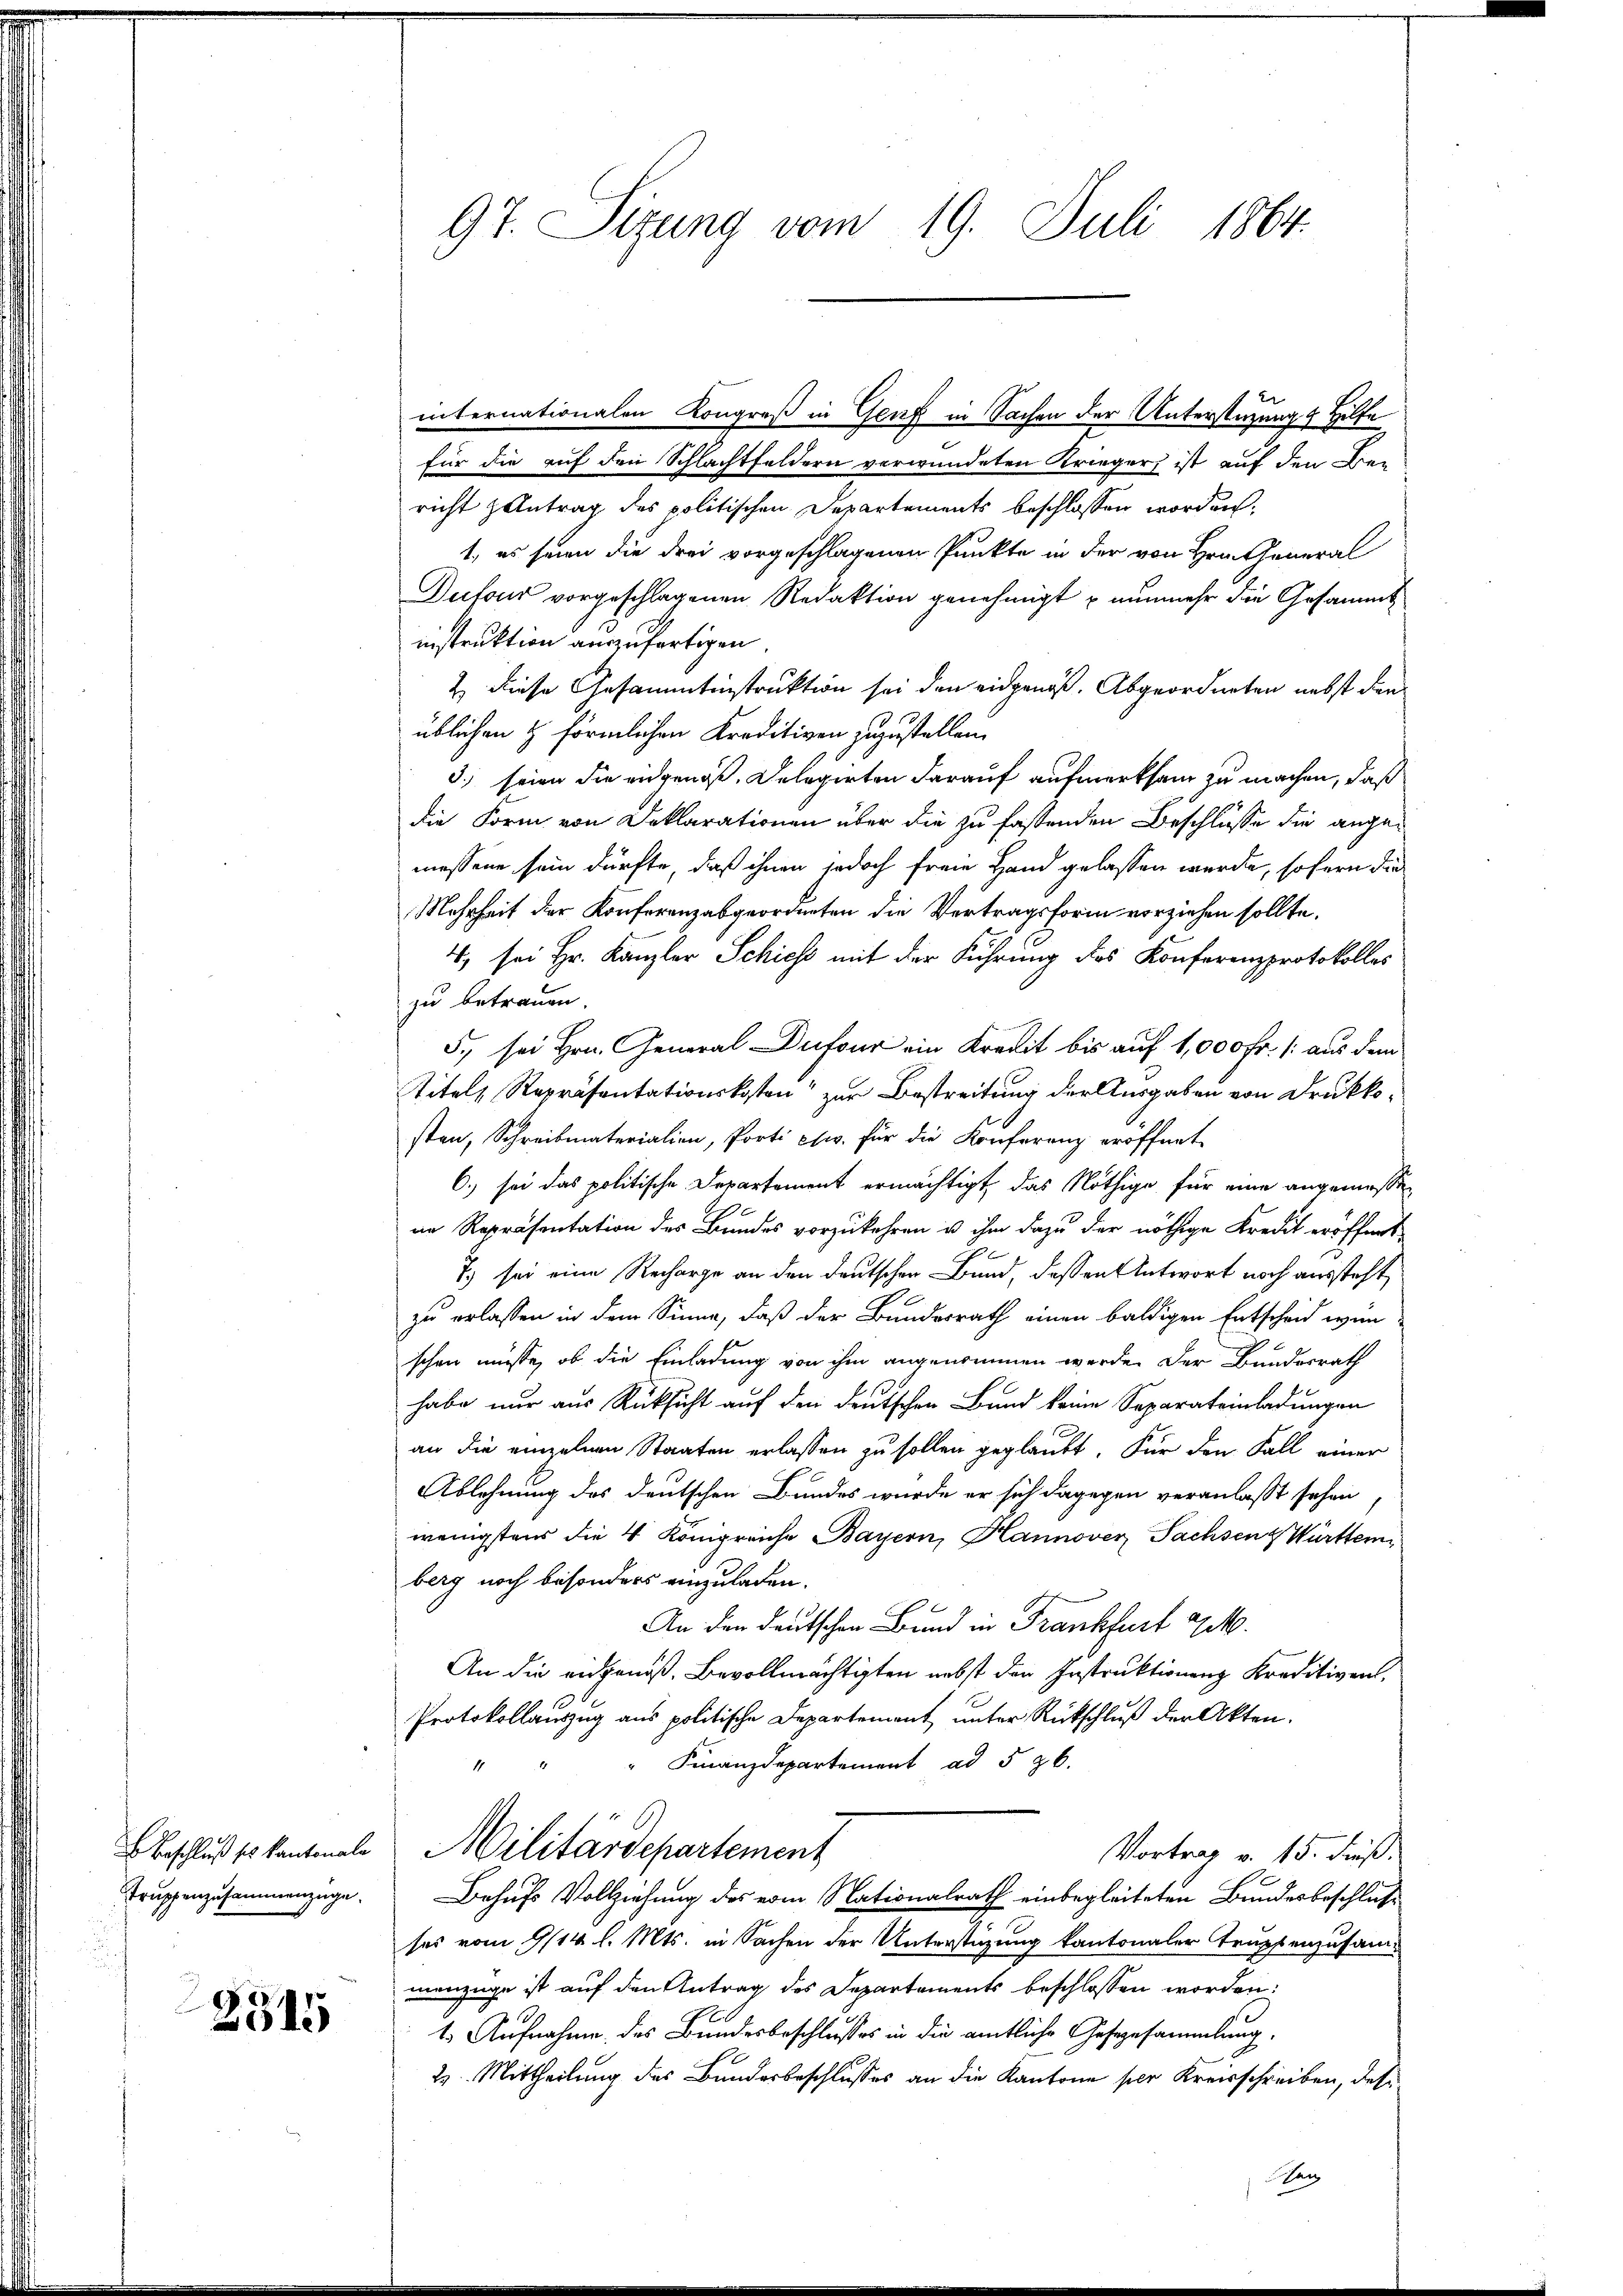
2515

internationalen Kongreß in Genf in Sachen der Unterstüzung & Hilfe
für die auf den Schlachtfeldern verwundeten Krieger ist auf den Bei
richt zentrag des politischen Departements beschlossen worden.
1. es seien die drei vorgeschlagenen Punkte in der von Hrn. General
Dufour vorgeschlagenen Redaktion genehmigt nunmehr die Gesammtinstruktion auszufertigen.
2) Diese Gesammtinstruktion sei den eidgenöß. Abgeordneten nebst den
üblichen H. Förmlichen Kreditiven zuzustellen.
3.) seien die eidgenoß, Delegirten darauf aufmerksam zu machen, daß
die Form von Deklarationen über die zu fastenden Beschlüsse die angemessene sein dürfte, daß ihnen jedoch freie Hand gelassen wurde, sofern die
Mehrheit der Konferenzabgeordneten die Vertragsform vorziehen sollte.
4) sei Hr. Kanzler Schiess mit der Führung des Konferenzprotokolles
zu betrauen.
5., sei Hrn. General Dufour ein Kredit bis auf 1,000 Fr. /: aus dem
Titels Repräsentationskosten“ zur Bestreitung der Ausgaben von Druckkosten, Schreibmaterialien, Porti ctw. für die Konferenz eröffnet
6.) sei das politische Departement ermächtigt, das Nöthige für eine angemessen
ne Repräsentation des Bundes vorzukehren u. ihm dazu der nöthige Kredit eröffnet

1) sei eine Recharge an den deutschen Band, dessen Antwort noch aussteht,
zu erlassen in dem Sinne, daß der Bundesrath einen baldigen Entscheid wünschen müsse, ob die Einladung von ihm angenommen werde. Der Bundesrath
habe nur aus Rücksicht auf den deutschen Bund keine Separateinladungen
an die einzelnen Staaten erlassen zu sollen geglaubt. Für den Fall einer
Ablehnung des deutschen Bundes wurde er sich dagegen veranlasst sehen,
wenigstens die 4 Königreiche Bayern, Hannover Sachsen & Württemberg noch besonders einzuladen.
An den deutschen Bund in Frankfurt ge
An die eidgenoß. Bevollmächtigten nebst den Instruktionen Kreditiven,
Protokollauszug aus politische Departement unter Rückschluß der Akten.
Finanzdepartement ad 526.
11
Beschluß es kantonale Militärdepartement
Vortrag v. 15. dieß:
Trŭppenzusammenzüge. Behufs Vollziehung des vom Nationalrath einbegleiteten Bundesbeschluß
ses vom 9/14 l. Mts. in Sachen der Unterstüzung kantonaler Truppenzusammenzüge ist auf den Antrag des Departements beschlossen worden:
E
1. Aufnahme des Bundesbeschlusses in die amtliche Gesezesammlung,
2. Mittheilung des Bundesbeschlusses an die Kantone per Kreisschreiben, des
sen

97. Sizung vom 19. Juli 1864.